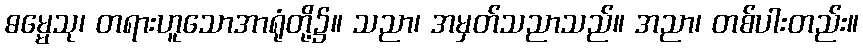
ဓမ္မေသု၊ တရားဟူသောအာရုံတို့၌။ သညာ၊ အမှတ်သညာသည်။ အညာ၊ တစ်ပါးတည်း။